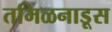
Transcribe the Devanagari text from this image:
तमिळनाडूस